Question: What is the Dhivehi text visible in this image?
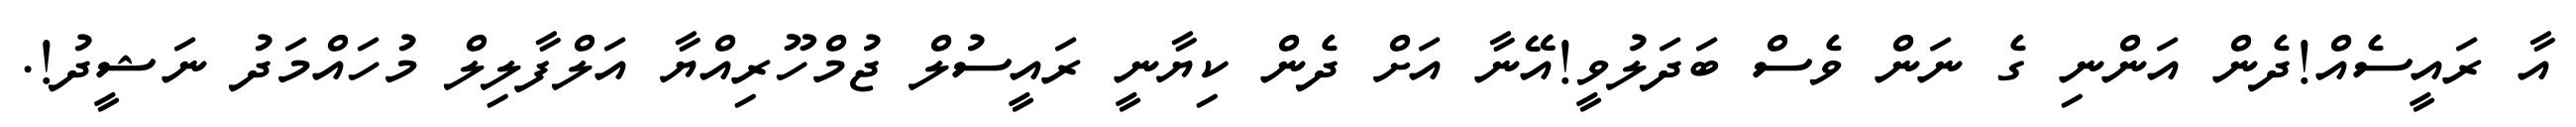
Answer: އާ ރައީސެއް!ދެން އަންނި ގެ ނަން ވެސް ބަދަލުވީ!އޭނާ އަށް ދެން ކިޔާނީ ރައީސުލް ޖުމްހޫރިއްޔާ އަލްފާލިލް މުހައްމަދު ނަޝީދު!.